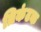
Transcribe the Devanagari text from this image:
त्रिकंटक